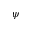
\psi